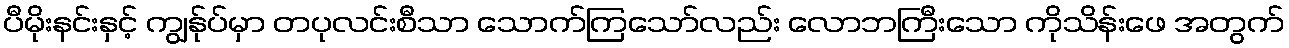
ပီမိုးနင်းနှင့် ကျွန်ုပ်မှာ တပုလင်းစီသာ သောက်ကြသော်လည်း လောဘကြီးသော ကိုသိန်းဖေ အတွက်